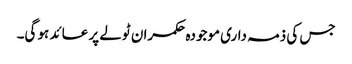
جس کی ذمہ داری موجودہ حکمران ٹولے پر عائد ہو گی۔